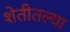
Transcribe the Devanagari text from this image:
शेतीतल्या